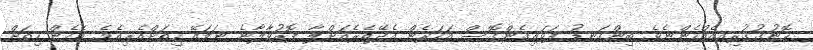
ހޮނުގުގުރިއއެއްހެންނެވެ. ބިންގަނޑު ފަޅައިގެންގޮސް އަހަރެން އެދޭތެރެއަށްލާ ފޮރުވާލާނެ ނަމައޭ ހިތަށްއެރިއެވެ. އެހެން ހިތަށް